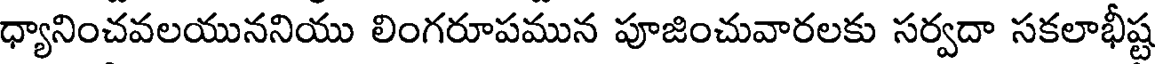
ధ్యానించవలయుననియు లింగరూపమున పూజించువారలకు సర్వదా సకలాభీష్ట